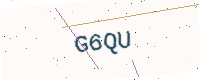
Text: G6QU